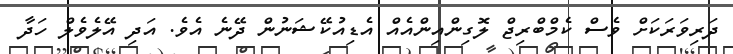
ދަރިވަރަކަށް ވެސް ކެމްބްރިޖް ލޮގިންއިންއެއް އެޑިއުކޭޝަނުން ދޭނެ އެވެ. އަދި އޭލެވެލް ހަދާ